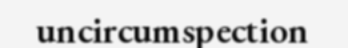
uncircumspection